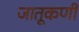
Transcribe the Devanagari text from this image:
जातूकर्णी